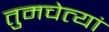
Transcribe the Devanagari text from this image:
तुमचेत्यां